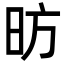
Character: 昉